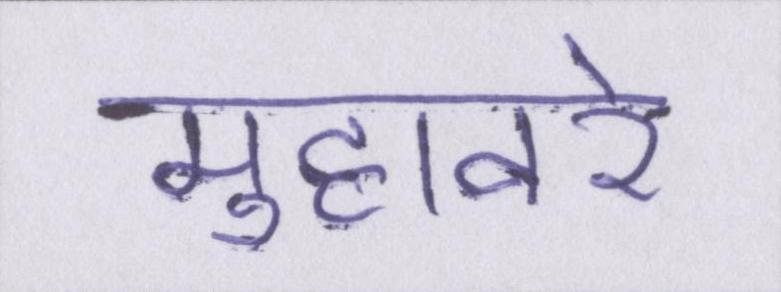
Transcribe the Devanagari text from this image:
मुहावरे